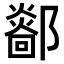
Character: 𨞴